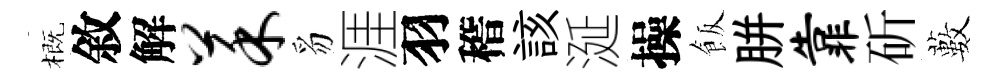
概敘解菜豸涯羽稽該涎操飯胼靠斫藪